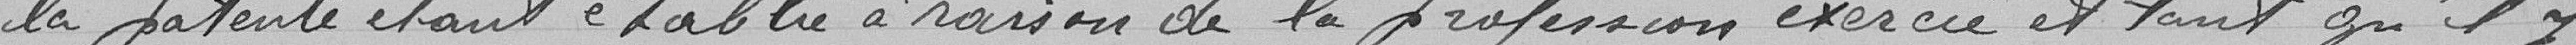
la patente étant établie à raison de la profession exercée et tant qu'il y